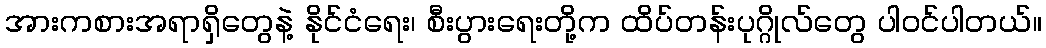
အားကစားအရာရှိတွေနဲ့ နိုင်ငံရေး၊ စီးပွားရေးတို့က ထိပ်တန်းပုဂ္ဂိုလ်တွေ ပါဝင်ပါတယ်။